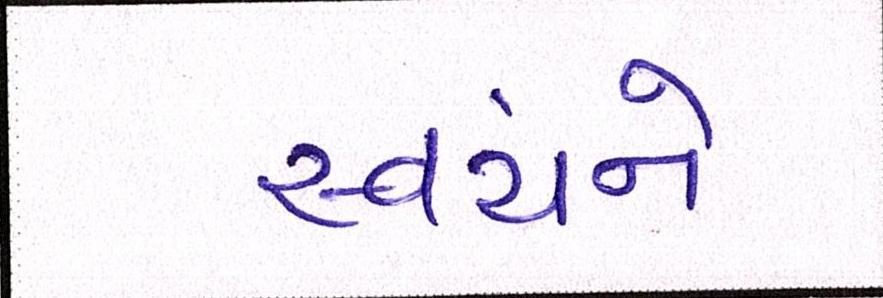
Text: સ્વયંને